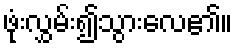
ဖုံးလွှမ်း၍သွားလေ၏။